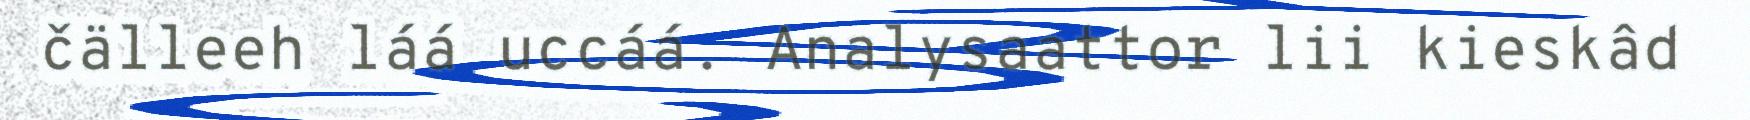
čälleeh láá uccáá. Analysaattor lii kieskâd